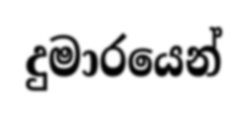
දුමාරයෙන්